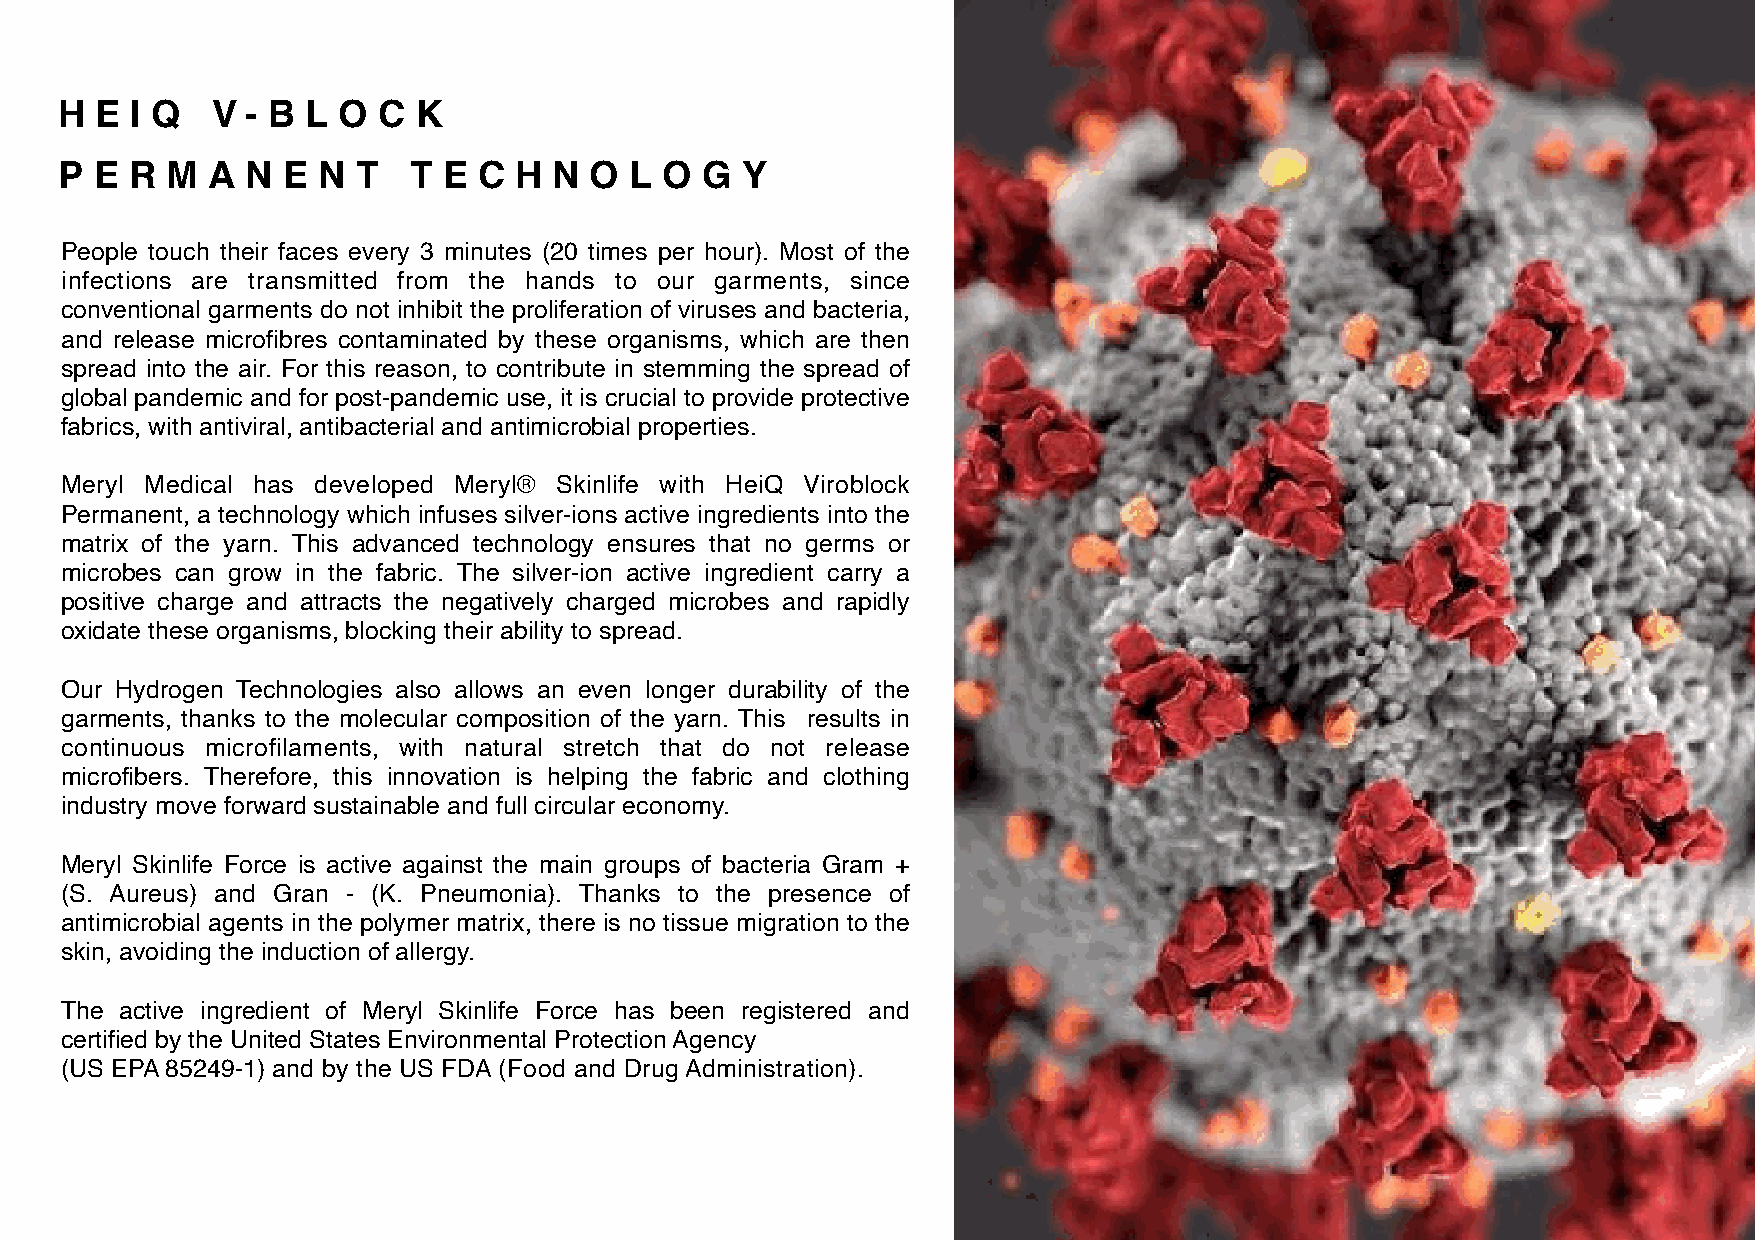
H E  I Q  V - B L O  C  K
 P E  R M  A N  E N  T  T E  C H  N O  L O G  Y
 People touch their faces every 3 minutes (20 times per hour). Most of the
 infections are transmitted from the hands to our garments, since
 conventional garments do not inhibit the proliferation of viruses and bacteria,
 and release microfibres contaminated by these organisms, which are then
 spread into the air. For this reason, to contribute in stemming the spread of
 global pandemic and for post-pandemic use, it is crucial to provide protective
 fabrics, with antiviral, antibacterial and antimicrobial properties.
 Meryl Medical has developed Meryl® Skinlife with HeiQ Viroblock
 Permanent, a technology which infuses silver-ions active ingredients into the
 matrix of the yarn. This advanced technology ensures that no germs or
 microbes can grow in the fabric. The silver-ion active ingredient carry a
 positive charge and attracts the negatively charged microbes and rapidly
 oxidate these organisms, blocking their ability to spread.
 Our Hydrogen Technologies also allows an even longer durability of the
 garments, thanks to the molecular composition of the yarn. This results in
 continuous microfilaments, with natural stretch that do not release
 microfibers. Therefore, this innovation is helping the fabric and clothing
 industry move forward sustainable and full circular economy.
 Meryl Skinlife Force is active against the main groups of bacteria Gram +
 (S. Aureus) and Gran - (K. Pneumonia). Thanks to the presence of
 antimicrobial agents in the polymer matrix, there is no tissue migration to the
 skin, avoiding the induction of allergy.
 The active ingredient of Meryl Skinlife Force has been registered and
 certified by the United States Environmental Protection Agency
 (US EPA 85249-1) and by the US FDA (Food and Drug Administration).